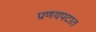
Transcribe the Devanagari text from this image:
प्रणयपटात